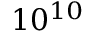
1 0 ^ { 1 0 }